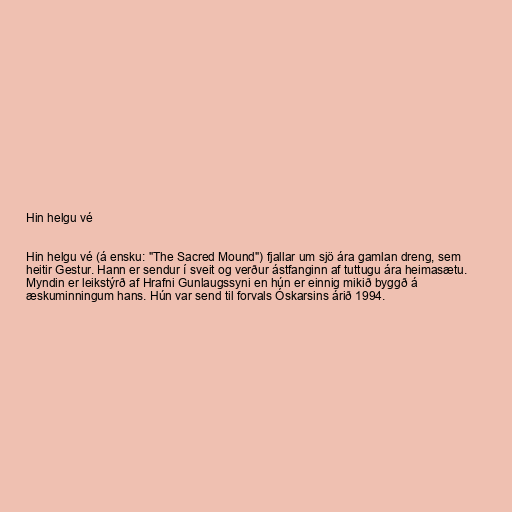
Hin helgu vé

Hin helgu vé (á ensku: "The Sacred Mound") fjallar um sjö ára gamlan dreng, sem
heitir Gestur. Hann er sendur í sveit og verður ástfanginn af tuttugu ára heimasætu.
Myndin er leikstýrð af Hrafni Gunlaugssyni en hún er einnig mikið byggð á
æskuminningum hans. Hún var send til forvals Óskarsins árið 1994.